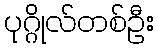
ပုဂ္ဂိုလ်တစ်ဦး